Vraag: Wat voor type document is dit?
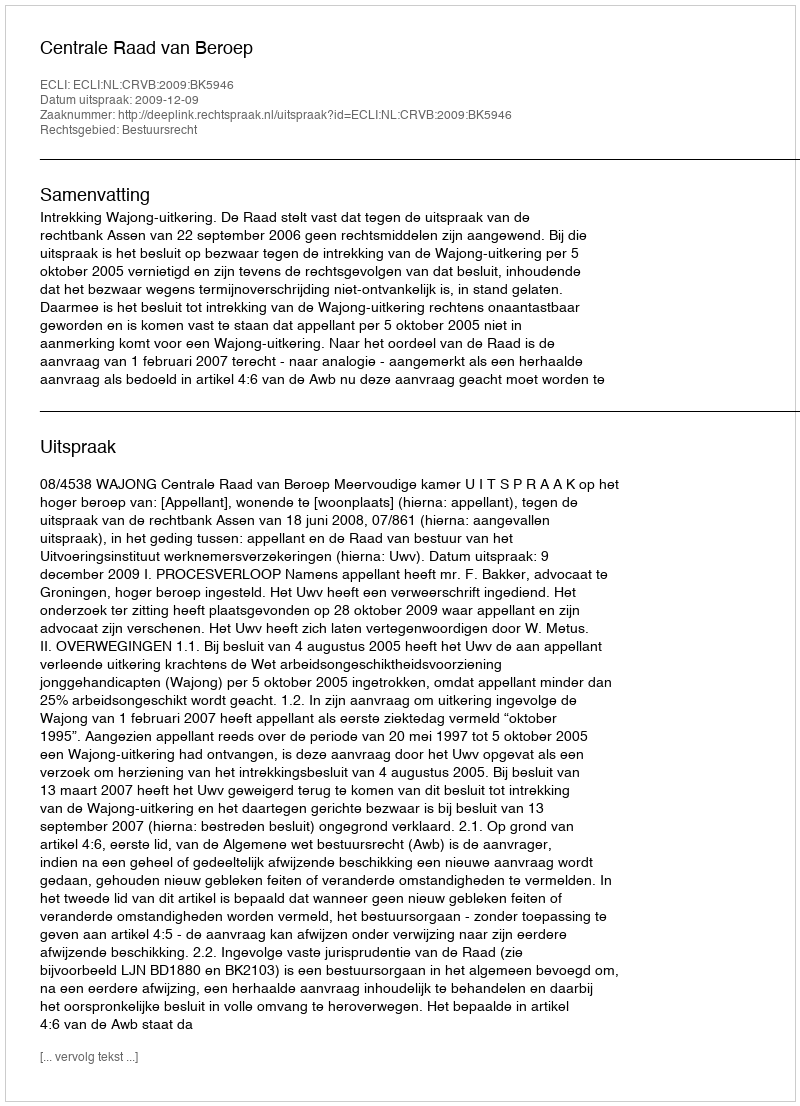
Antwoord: Uitspraak